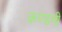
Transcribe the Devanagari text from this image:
कण्डनी